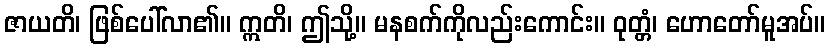
ဇာယတိ၊ ဖြစ်ပေါ်လာ၏။ ဣတိ၊ ဤသို့။ မနစက်ကိုလည်းကောင်း။ ဝုတ္တံ၊ ဟောတော်မူအပ်။